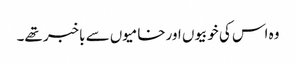
وہ اس کی خوبیوں اورخامیوں سے باخبر تھے۔